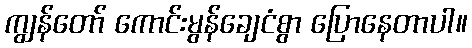
ကျွန်တော် ကောင်းမွန်ချေငံစွာ ပြောနေတာပါ။